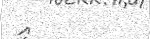
އީ